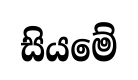
සියමේ